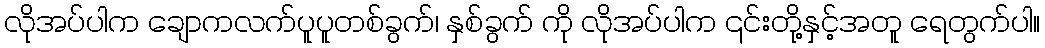
လိုအပ်ပါက ချောကလက်ပူပူတစ်ခွက်၊ နှစ်ခွက် ကို လိုအပ်ပါက ၎င်းတို့နှင့်အတူ ရေတွက်ပါ။